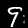
Digit: 9